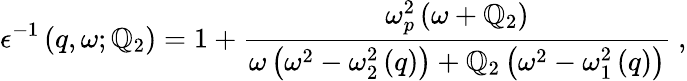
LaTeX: \epsilon^{-1}\left(q,\omega;\mathbb{Q}_{2}\right)=1+\frac{{\omega_{p}^{2}\left(\omega+\mathbb{Q}_{2}\right)}}{{\omega\left(\omega^{2}-\omega_{2}^{2}\left(q\right)\right)+\mathbb{Q}_{2}\left(\omega^{2}-\omega_{1}^{2}\left(q\right)\right)}}\ ,